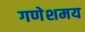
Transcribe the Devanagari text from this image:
गणेशमय